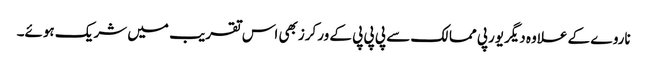
ناروے کے علاوہ دیگریورپی ممالک سے پی پی پی کے ورکرزبھی اس تقریب میں شریک ہوئے۔